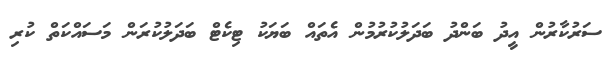
ސަރުކާރުން އީދު ބަންދު ބަދަލުކުރުމުން އެތައް ބަޔަކު ޓިކެޓް ބަދަލުކުރަން މަސައްކަތް ކުރި